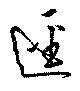
逕